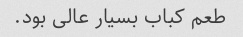
طعم کباب بسیار عالی بود.